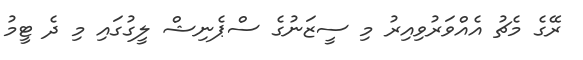
ރޭގެ މެޗު އެއްވަރުވިއިރު މި ސީޒަނުގެ ސްޕެނިޝް ލީގުގައި މި ދެ ޓީމު